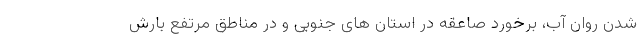
شدن روان آب، برخورد صاعقه در استان های جنوبی و در مناطق مرتفع بارش